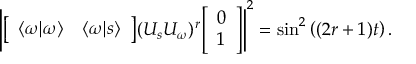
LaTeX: \left| { \left[ \begin{array} { l l } { \langle \omega | \omega \rangle } & { \langle \omega | s \rangle } \end{array} \right] } ( U _ { s } U _ { \omega } ) ^ { r } { \left[ \begin{array} { l } { 0 } \\ { 1 } \end{array} \right] } \right| ^ { 2 } = \sin ^ { 2 } \left( ( 2 r + 1 ) t \right) .